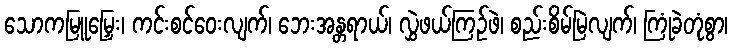
သောကမြူမြှေး၊ ကင်းစင်ဝေးလျက်၊ ဘေးအန္တရာယ်၊ လွှဲဖယ်ကြဉ်ဖဲ၊ စည်းစိမ်မြဲလျက်၊ ကြုံခဲတုံစွာ၊